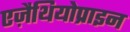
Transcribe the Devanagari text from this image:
एज़ैथियोप्राइन